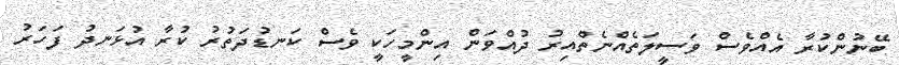
ބޭނުންކުރާ އެއްވެސް ވަސީލަތެއްނެތްއިރު ދުއްވަން އިންމީހަކީ ވެސް ކަނޑުދަތުރު ކުރާ އުޅަނދު ފަހަރު